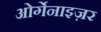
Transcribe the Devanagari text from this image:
ओर्गेनाइज़र